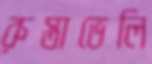
রুস্তাভেলি